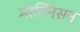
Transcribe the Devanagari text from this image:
मार्टिनसन